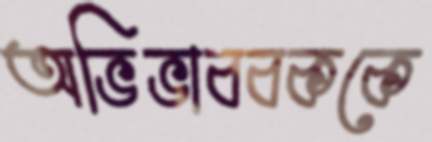
অভিভাববককে